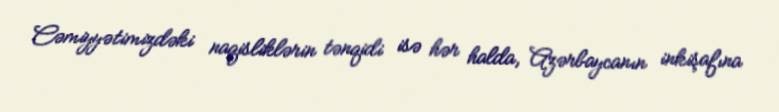
Cəmiyyətimizdəki naqisliklərin tənqidi isə hər halda, Azərbaycanın inkişafına